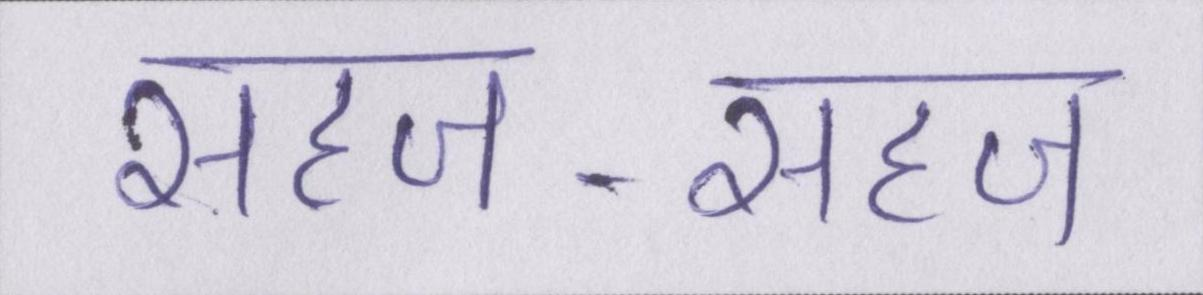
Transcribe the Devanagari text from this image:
सहज-सहज